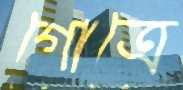
গোত্রে